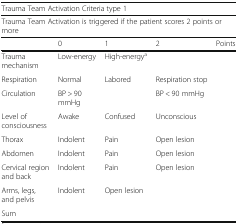
<table><thead><tr><td colspan="5"><b>Trauma Team Activation Criteria type 1</b></td></tr><tr><td colspan="5"><b>Trauma Team Activation is triggered if the patient scores 2 points or more</b></td></tr><tr><td></td><td><b>0</b></td><td><b>1</b></td><td><b>2</b></td><td><b>Points</b></td></tr></thead><tbody><tr><td>Trauma mechanism</td><td>Low-energy</td><td>High-energy<sup>a</sup></td><td></td><td></td></tr><tr><td>Respiration</td><td>Normal</td><td>Labored</td><td>Respiration stop</td><td></td></tr><tr><td>Circulation</td><td>BP &gt; 90 mmHg</td><td></td><td>BP &lt; 90 mmHg</td><td></td></tr><tr><td>Level of consciousness</td><td>Awake</td><td>Confused</td><td>Unconscious</td><td></td></tr><tr><td>Thorax</td><td>Indolent</td><td>Pain</td><td>Open lesion</td><td></td></tr><tr><td>Abdomen</td><td>Indolent</td><td>Pain</td><td>Open lesion</td><td></td></tr><tr><td>Cervical region and back</td><td>Indolent</td><td>Pain</td><td>Open lesion</td><td></td></tr><tr><td>Arms, legs, and pelvis</td><td>Indolent</td><td>Open lesion</td><td></td><td></td></tr><tr><td>Sum</td><td></td><td></td><td></td><td></td></tr></tbody></table>